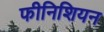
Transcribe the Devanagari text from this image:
फीनिशियन